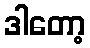
ဒါတော့